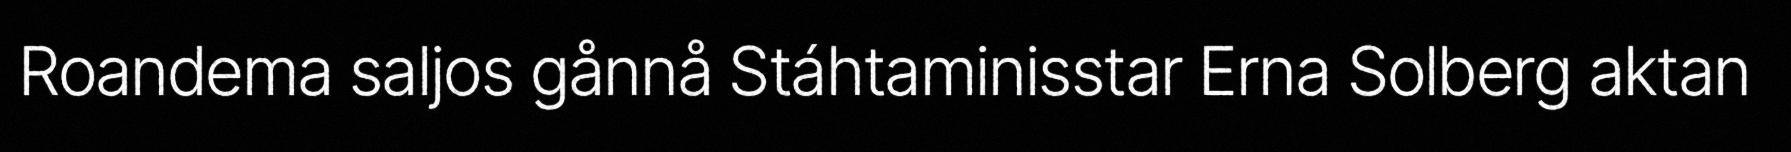
Roandema saljos gånnå Stáhtaminisstar Erna Solberg aktan